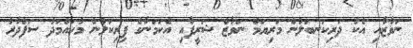
ނަވާޒާއި އެކު ދަރިކަނބަލުން މަރިޔަމް ނަވާޒް ޝަރީފާއި އެކަމަނާގެ ފިރިކަލުން މުހައްމަަދު ސަފްދާރު